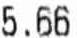
5.66